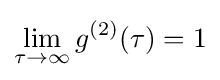
\lim _{\tau \rightarrow \infty }g^{(2)}(\tau )=1